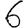
Digit: 6